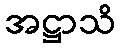
အဋ္ဌာသိ